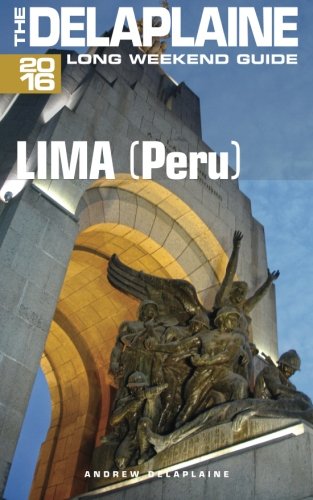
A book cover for LIMA (Peru) - The Delaplaine 2016 Long Weekend Guide (Long Weekend Guides); Andrew Delaplaine; Travel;